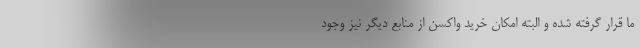
ما قرار گرفته شده و البته امکان خرید واکسن از منابع دیگر نیز وجود